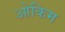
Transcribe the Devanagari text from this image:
ओकिम